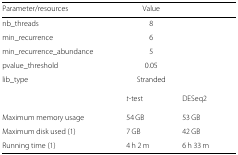
<table><thead><tr><td><b>Parameter/resources</b></td><td colspan="3"><b>Value</b></td></tr></thead><tbody><tr><td>nb_threads</td><td colspan="3">8</td></tr><tr><td>min_recurrence</td><td colspan="3">6</td></tr><tr><td>min_recurrence_abundance</td><td colspan="3">5</td></tr><tr><td>pvalue_threshold</td><td colspan="3">0.05</td></tr><tr><td>lib_type</td><td colspan="3">Stranded</td></tr><tr><td></td><td><i>t</i>-test</td><td colspan="2">DESeq2</td></tr><tr><td>Maximum memory usage</td><td>54 GB</td><td colspan="2">53 GB</td></tr><tr><td>Maximum disk used (1)</td><td>7 GB</td><td colspan="2">42 GB</td></tr><tr><td>Running time (1)</td><td>4 h 2 m</td><td colspan="2">6 h 33 m</td></tr></tbody></table>